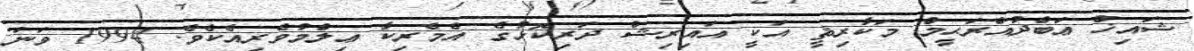
ޝައިޚް ޢަބްދުއްރަޙީމް މަކާރިޘީ އަކީ އައިރިޝް ދަރިކޮޅުގެ އެމެރިކާ ޢިލްމުވެރިއެކެވެ. 1994 ވަނަ